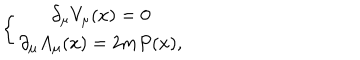
\left\{ \begin{array} { c } { { \partial _ { \mu } V _ { \mu } ( x ) = 0 } } \\ { { \partial _ { \mu } A _ { \mu } ( x ) = 2 m P ( x ) , } } \\ \end{array} \right.